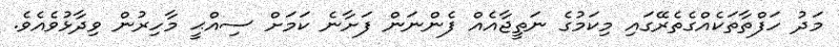
މަދު ހަފްތާތަކެއްގެތެރޭގައި މިކަމުގެ ނަތީޖާއެއް ފެންނަން ފަށާނެ ކަމަށް ސިއްޙީ މާހިރުން ވިދާޅުވެއެވެ.